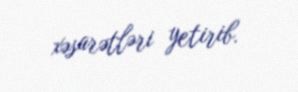
xəsarətləri yetirib.